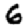
Digit: 6